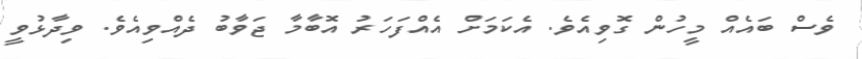
ވެސް ބައެއް މީހުން ގޮވިއެވެ. އެކަމަށް އެއްފަހަރު އޮބާމާ ޖަވާބު ދެއްވިއެވެ. ވިދާޅުވީ